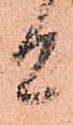
候